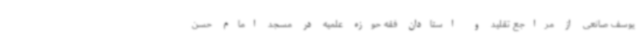
یوسف صانعی از مراجع تقلید و استادان فقه حوزه علمیه در مسجد امام حسن